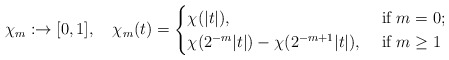
\begin{align*}\chi_{m}:\real\to[0,1],\quad\chi_{m}(t)=\begin{cases}\chi(|t|), & \mbox{ if $m=0$;}\\\chi(2^{-m}|t|)-\chi(2^{-m+1}|t|), & \mbox{ if $m\ge 1$}\end{cases}\end{align*}